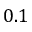
0 . 1